Annual report of the Central Committee of the Association together with the report of the directors of the Pasteur Institute at Kasauli
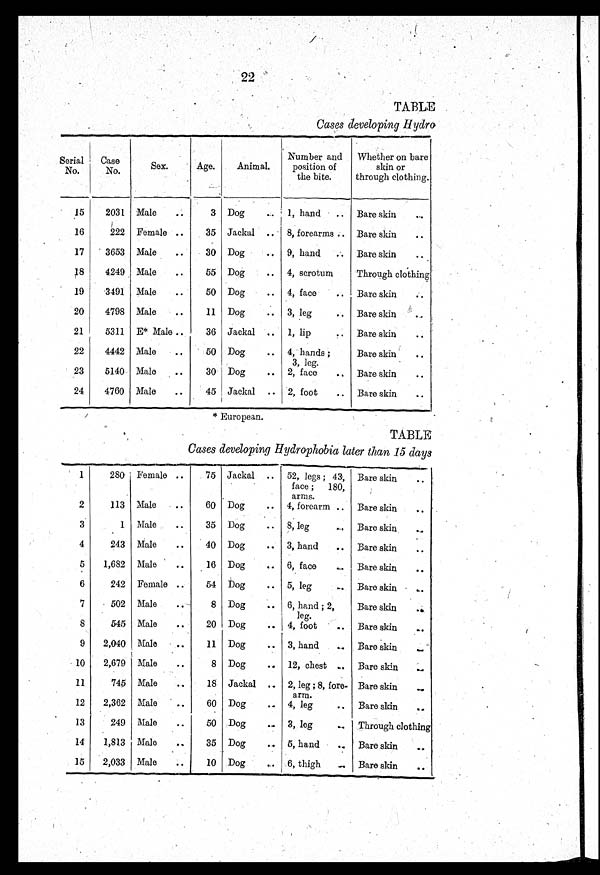
22
TABLE
Cases developing Hydro
Serial
No.
Case
No.
Sex.
Age.
Animal.
Number and
position of
the bite.
Whether on bare
skin or
through clothing.
15
2031 Male
..
3 Dog
..
1, hand
.. Bare skin
..
16
222 Female ..
35 Jackal .. 8, forearms .. Bare skin
..
17
3653 Male
..
30 Dog
.. 9, hand
.. Bare skin
..
18
4249 Male
..
55 Dog
.. 4, scrotum
Through clothing
19
3491 Male
..
50 Dog
.. 4, face
.. Bare skin
..
20
4798 Male
..
11 Dog
.. 3, leg
.. Bare skin
..
21
5311 E* Male
..
36 Jackal .. 1, lip
..
Bare skin
..
22
4442 Male
..
50 Dog
.. 4, hands ;
3, leg.
Bare skin
..
23
5140 Male
..
30 Dog
.. 2, face
.. Bare skin
. .
24
4760 Male
..
45 Jackal .. 2, foot
.. Bare skin
..
* European.
TABLE
Cases developing Hydrophobia later than 15 days
1
280 Female ..
75 Jackal .. 52, legs ; 43,
face ;
180,
arms.
Bare skin
..
2
113 Male
..
60 Dog
.. 4, forearm .. Bare skin
..
3
1 Male
..
35 Dog
.. 8, leg
... Bare skin
..
4
243 Male
..
40 Dog
.. 3, hand
.. Bare skin
..
5
1,682 Male
..
16 Dog
.. 6, face
.. Bare skin
..
6
242 Female ..
54 Dog
.. 5, leg
..
Bare skin
..
7
502 Male
..
8 Dog
.. 6, hand ; 2,
leg.
Bare skin
..
8
545 Male
..
20 Dog
.. 4, foot
..
Bare skin
. .
9
2,04
Male
..
11 Dog
.. 3, hand
..
Bare skin
. .
10
2,679 Male
..
8 Dog
.. 12, chest ..
Bare skin
...
11
745 Male
..
18 Jackal
. . 2, leg ; 8, fore
¬arm.
Bare skin
. .
12
2,362 Male
..
60 Dog
.. 4, leg
..
Bare skin
..
13
249 Male
..
50 Dog
.. 3, leg
..
Through clothing
14
1,813 Male
..
35 Dog
..
5, hand
.. Bare skin
. .
15
2,033 Male
..
10 Dog
6, thigh
..
Bare skin
..